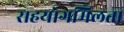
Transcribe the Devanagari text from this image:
सहयोगमिलता